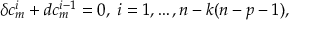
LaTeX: \delta c _ { m } ^ { i } + d c _ { m } ^ { i - 1 } = 0 , \; i = 1 , \dots , n - k ( n - p - 1 ) ,